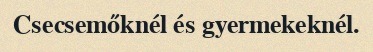
Csecsemőknél és gyermekeknél.